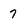
Character: 7